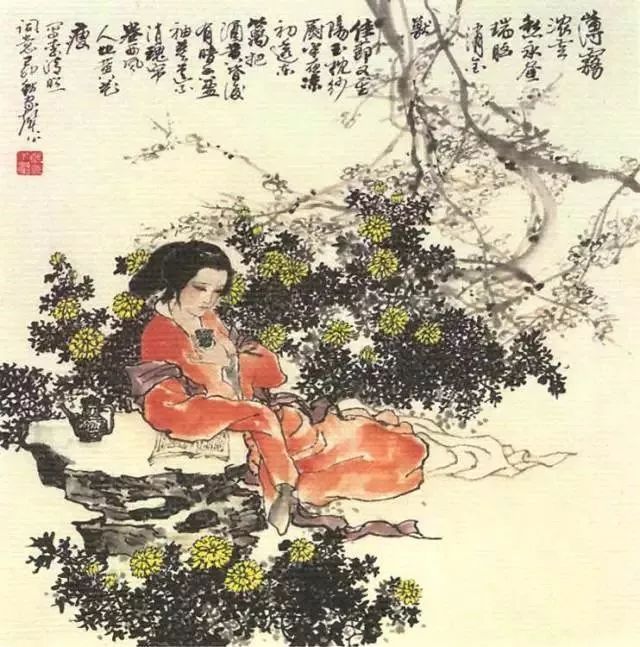
人情已厌南中苦，鸿雁那从北地来。